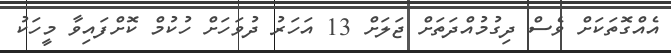
އެއްގޮތަކަށް ވެސް ދިގުމުއްދަތަށް ޖަލަށް 13 އަހަރު ދުވަހަށް ހުކުމް ކޮށްފައިވާ މީހަކު